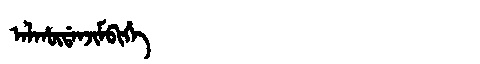
Manchu: ᠠᠯᡥᡡᡩᠠᠨᠵᡳᠮᠪᡳᡥᡝ
Romanization: ALHŪDANJIMBIHE